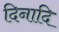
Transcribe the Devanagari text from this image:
दिनादि